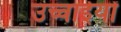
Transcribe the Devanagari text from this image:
उच्चाईयों